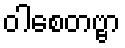
ဝါစေတဗ္ဗာ